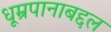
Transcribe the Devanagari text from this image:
धूम्रपानाबद्दल